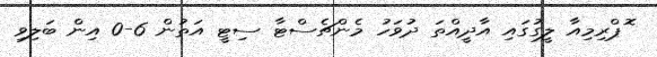
ޮޕްރިމިއާ ލީގުގައި އާދީއްތަ ދުވަހު މެންޗެސްޓާ ސިޓީ އަތުން 6-0 އިން ބަލިވި